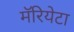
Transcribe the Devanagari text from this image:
मॅरियेटा